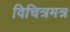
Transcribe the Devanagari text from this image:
विचित्रमत्र